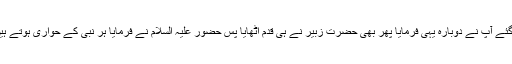
اس آواز کو سنتے ہی حضرت زبیر تیار ہوگئے آپ نے دوبارہ یہی فرمایا پھر بھی حضرت زبیر نے ہی قدم اٹھایا پس حضور علیہ السلام نے فرمایا ہر نبی کے حواری ہوتے ہیں اور میرا حواری زبیر ہے رضی اللہ عنہ۔